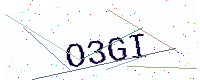
Text: O3GI